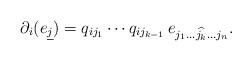
LaTeX: \begin{align*} {\partial_{i}}(e_{\underline{j}})=q_{ij_{1}}\cdots q_{ij_{k-1}}\,e_{j_{1}\dots \widehat{j_{k}}\dots j_{n}}.\end{align*}